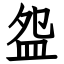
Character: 盌